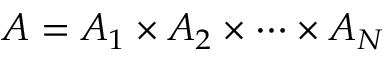
A = A _ { 1 } \times A _ { 2 } \times \dotsb \times A _ { N }